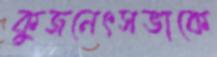
কুজনেৎসভাকে